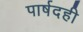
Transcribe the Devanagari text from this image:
पार्षदही